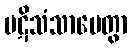
ပဋိသံသာမေတွာ